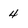
Character: 4